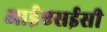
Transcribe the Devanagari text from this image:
आईएसईसी